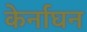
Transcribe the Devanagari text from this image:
केर्नाघन